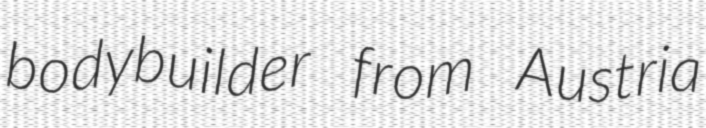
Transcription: bodybuilder from Austria